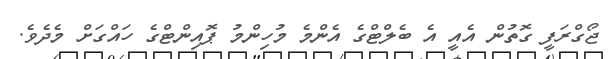
ޖޯގްރަފީ ގޮތުން އެއީ އެ ބެލްޓްގެ އެންމެ މުހިންމު ޕޮއިންޓްގެ ހައްގަށް މެދެވެ.